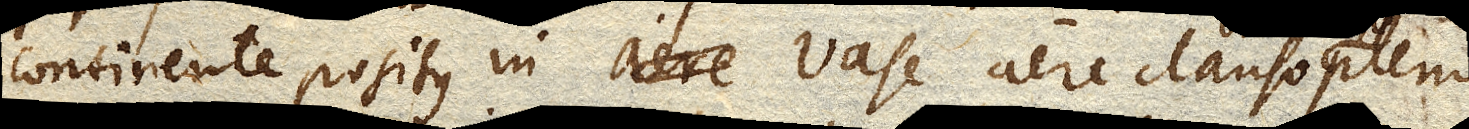
continente positus in vase aere clauso pleno